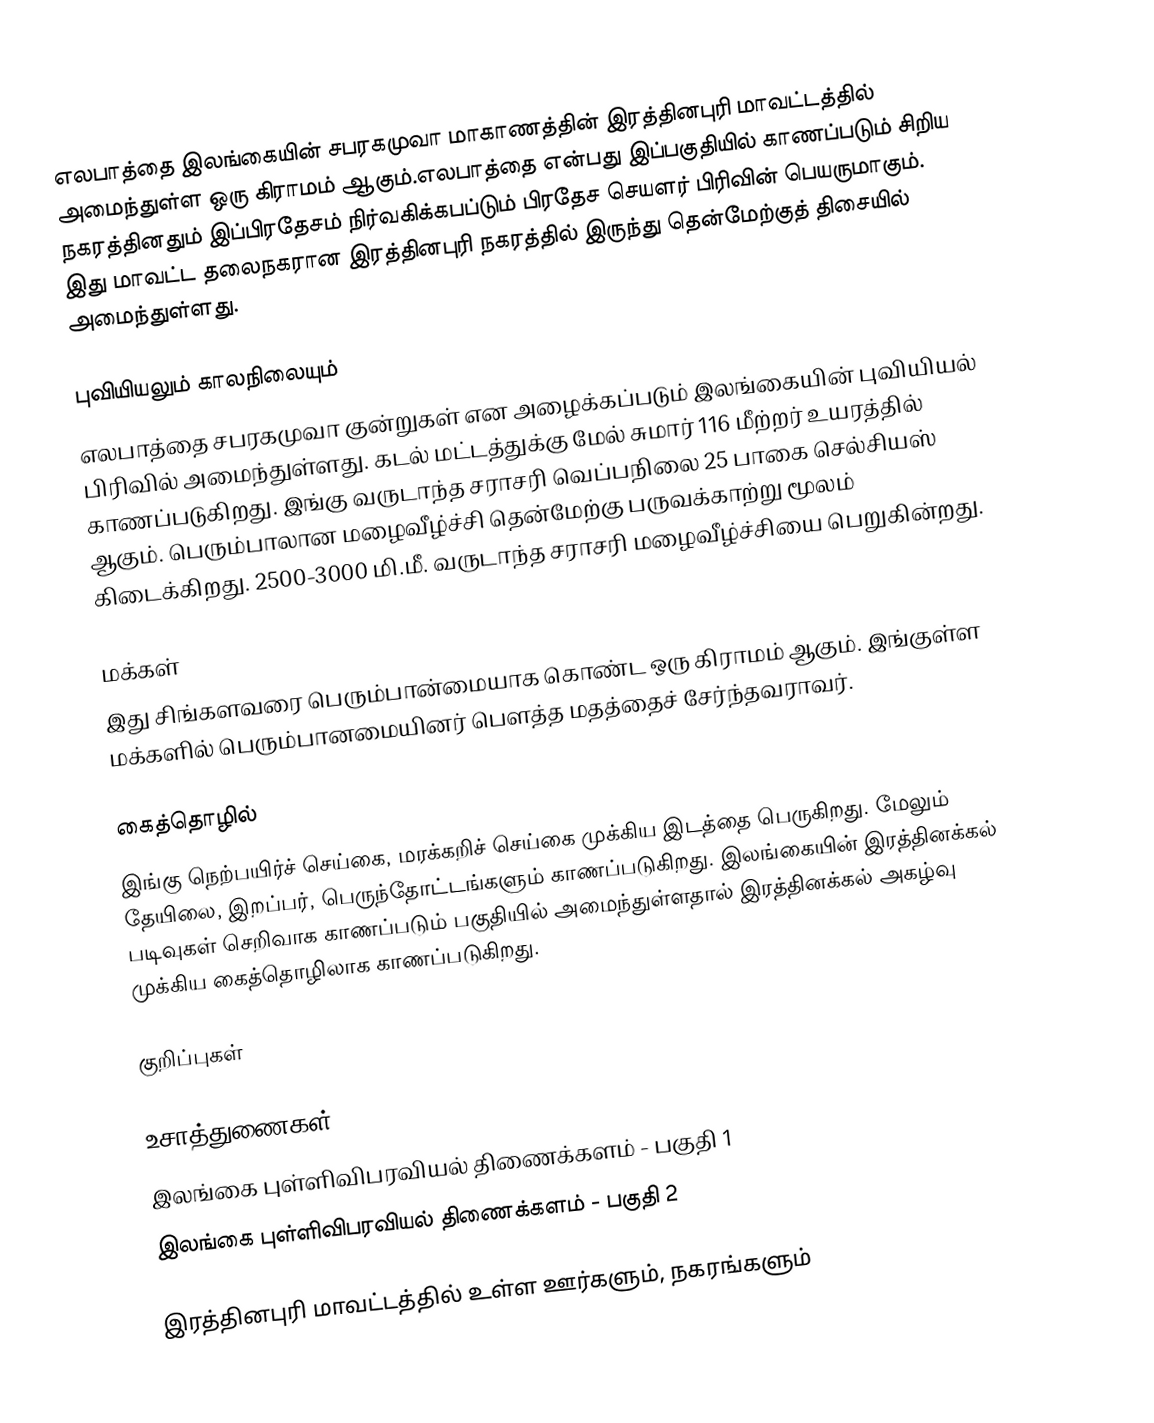
எலபாத்தை இலங்கையின் சபரகமுவா மாகாணத்தின் இரத்தினபுரி மாவட்டத்தில் அமைந்துள்ள ஒரு கிராமம் ஆகும்.எலபாத்தை என்பது இப்பகுதியில் காணப்படும்  சிறிய நகரத்தினதும் இப்பிரதேசம் நிர்வகிக்கபப்டும் பிரதேச செயளர் பிரிவின்  பெயருமாகும். இது மாவட்ட தலைநகரான இரத்தினபுரி நகரத்தில் இருந்து  தென்மேற்குத் திசையில்  அமைந்துள்ளது.

புவியியலும் காலநிலையும்
எலபாத்தை  சபரகமுவா குன்றுகள் என அழைக்கப்படும்  இலங்கையின் புவியியல் பிரிவில் அமைந்துள்ளது. கடல் மட்டத்துக்கு மேல் சுமார் 116 மீற்றர்  உயரத்தில் காணப்படுகிறது. இங்கு வருடாந்த சராசரி வெப்பநிலை 25 பாகை செல்சியஸ் ஆகும். பெரும்பாலான மழைவீழ்ச்சி தென்மேற்கு பருவக்காற்று மூலம் கிடைக்கிறது. 2500-3000 மி.மீ. வருடாந்த சராசரி மழைவீழ்ச்சியை பெறுகின்றது.

மக்கள்
இது சிங்களவரை பெரும்பான்மையாக கொண்ட ஒரு கிராமம் ஆகும். இங்குள்ள மக்களில் பெரும்பானமையினர் பௌத்த மதத்தைச் சேர்ந்தவராவர்.

கைத்தொழில்
இங்கு நெற்பயிர்ச் செய்கை, மரக்கறிச் செய்கை முக்கிய இடத்தை பெருகிறது. மேலும் தேயிலை, இறப்பர், பெருந்தோட்டங்களும் காணப்படுகிறது. இலங்கையின் இரத்தினக்கல் படிவுகள் செறிவாக காணப்படும் பகுதியில் அமைந்துள்ளதால் இரத்தினக்கல்　அகழ்வு　முக்கிய　கைத்தொழிலாக　காணப்படுகிறது.

குறிப்புகள்

உசாத்துணைகள்
 இலங்கை புள்ளிவிபரவியல் திணைக்களம் - பகுதி 1
 இலங்கை புள்ளிவிபரவியல் திணைக்களம் - பகுதி 2

இரத்தினபுரி மாவட்டத்தில் உள்ள ஊர்களும், நகரங்களும்